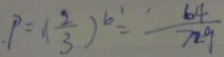
. P = ( \frac { 2 } { 3 } ) ^ { 6 } = \frac { 6 4 } { 7 2 9 }